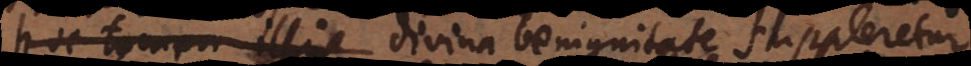
hoc tamen illis divina benignitate suppleretur,